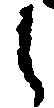
之